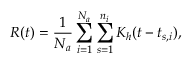
R ( t ) = \frac { 1 } { N _ { a } } \sum _ { i = 1 } ^ { N _ { a } } \sum _ { s = 1 } ^ { n _ { i } } K _ { h } ( t - t _ { s , i } ) ,